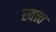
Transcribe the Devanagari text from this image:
स्वत्त्व